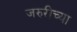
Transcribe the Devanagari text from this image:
जरुरीच्या